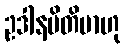
ဥဒါနမိတိမာဟု